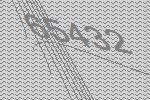
65432